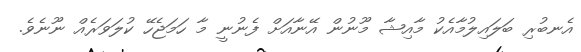
އެނބުރި ބަލައިލުމާއެކު މާއިޝާ މޫނުން އޭނާއަށް ފެނުނީ މާ ހަމަޖެހޭ ކުލަވަރެއް ނޫނެވެ.